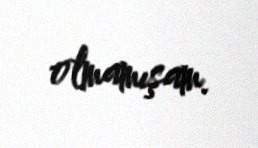
olmamışam.